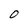
Character: O